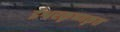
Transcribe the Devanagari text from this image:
ईश्वरकृष्णकृत